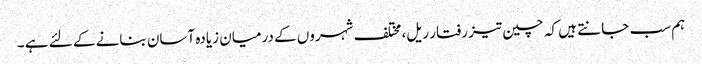
ہم سب جانتے ہیں کہ چین تیز رفتار ریل، مختلف شہروں کے درمیان زیادہ آسان بنانے کے لئے ہے ۔